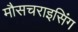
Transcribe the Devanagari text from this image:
मौसचराइसिंग